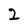
Character: 2